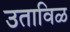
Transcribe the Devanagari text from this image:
उताविळ